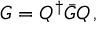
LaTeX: G = Q ^ { \dagger } { \bar { G } } Q \, ,